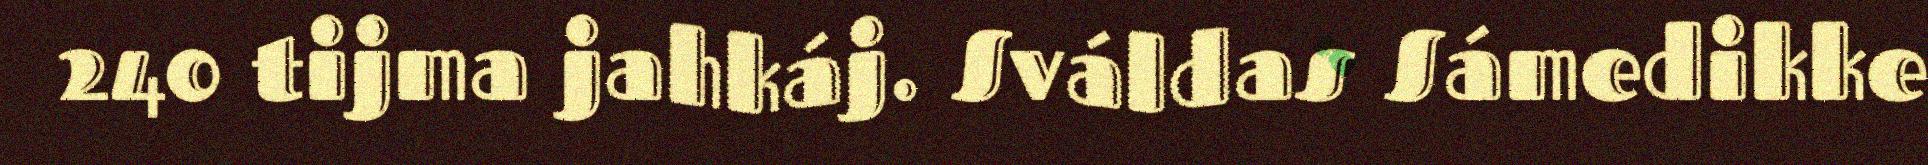
240 tijma jahkáj. Sváldas Sámedikke